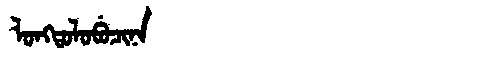
Manchu: ᠯᠣᠩᡨᠣᠯᠣᠪᡠᠴᡳᠨᠠ
Romanization: LONGTOLOBUCINA